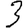
Digit: 3